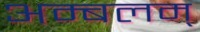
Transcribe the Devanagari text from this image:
अम्बलम्